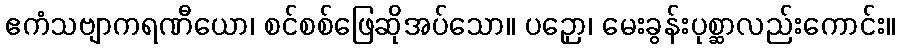
ဧကံသဗျာကရဏီယော၊ စင်စစ်ဖြေဆိုအပ်သော။ ပဉှော၊ မေးခွန်းပုစ္ဆာလည်းကောင်း။